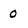
Character: 0